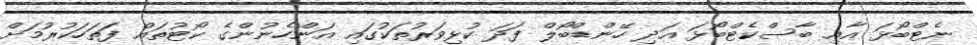
ނެޓްބޯޅަ އާއި ބާސްކެޓްބޯޅަ އަދި ހޭންޑްބޯލް ފަދަ ކުޅިވަރުތަކުގައި އަންހެނުންގެ ކޯޓުތައް ފަތަހަކުރުމަށް